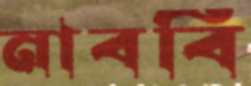
নাববি